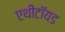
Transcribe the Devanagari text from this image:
एथीटॉयड